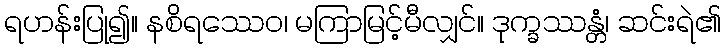
ရဟန်းပြု၍။ နစိရဿေဝ၊ မကြာမြင့်မီလျှင်။ ဒုက္ခဿန္တံ၊ ဆင်းရဲ၏